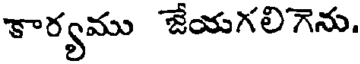
కార్యము జేయగలిగెను.